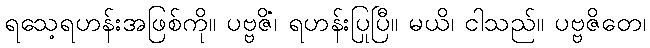
ရသေ့ရဟန်းအဖြစ်ကို။ ပဗ္ဗဇိံ၊ ရဟန်းပြုပြီ။ မယိ၊ ငါသည်။ ပဗ္ဗဇိတေ၊